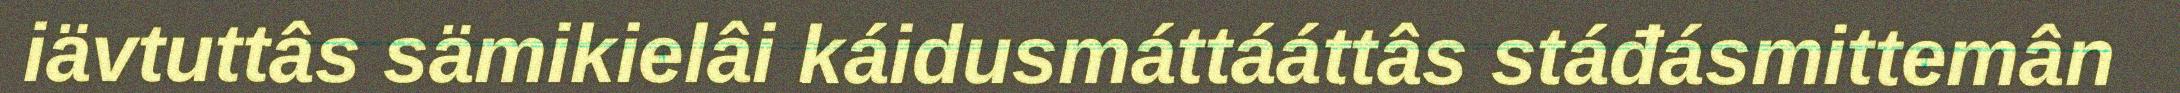
iävtuttâs sämikielâi káidusmáttááttâs stáđásmittemân